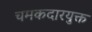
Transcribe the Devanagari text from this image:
चमकदारयुक्त